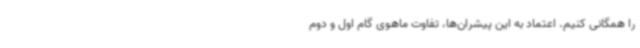
را همگانی کنیم. اعتماد به این پیشران‌ها، تفاوت ماهوی گام اول و دوم